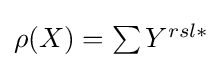
{\textstyle \rho (X)=\sum Y^{rsl\ast }}